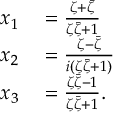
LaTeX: \begin{array} { r l } { x _ { 1 } } & { { } = { \frac { \zeta + { \bar { \zeta } } } { \zeta { \bar { \zeta } } + 1 } } } \\ { x _ { 2 } } & { { } = { \frac { \zeta - { \bar { \zeta } } } { i ( \zeta { \bar { \zeta } } + 1 ) } } } \\ { x _ { 3 } } & { { } = { \frac { \zeta { \bar { \zeta } } - 1 } { \zeta { \bar { \zeta } } + 1 } } . } \end{array}